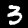
Label: 3